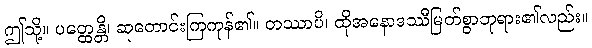
ဤသို့။ ပတ္ထေန္တိ၊ ဆုတောင်းကြကုန်၏။ တဿာပိ၊ ထိုအနောဒဿီမြတ်စွာဘုရား၏လည်း။